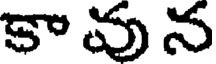
కావున